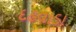
દઢવાડા